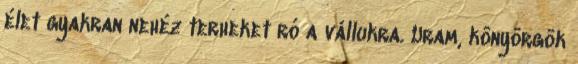
élet gyakran nehéz terheket ró a vállukra. Uram, könyörgök